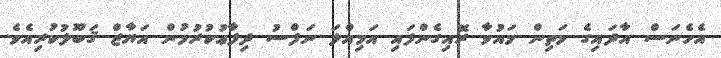
އެހެނަސް އާދައިގެ މަތިން މައުވާ ރޮއިގެންފައި އަމިއްލަ ނަފްސު ދިފާޢުކުރުމުން އަޔާޒް ޤަބޫލުކުރިއެވެ.